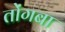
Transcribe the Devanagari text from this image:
तोंगबा